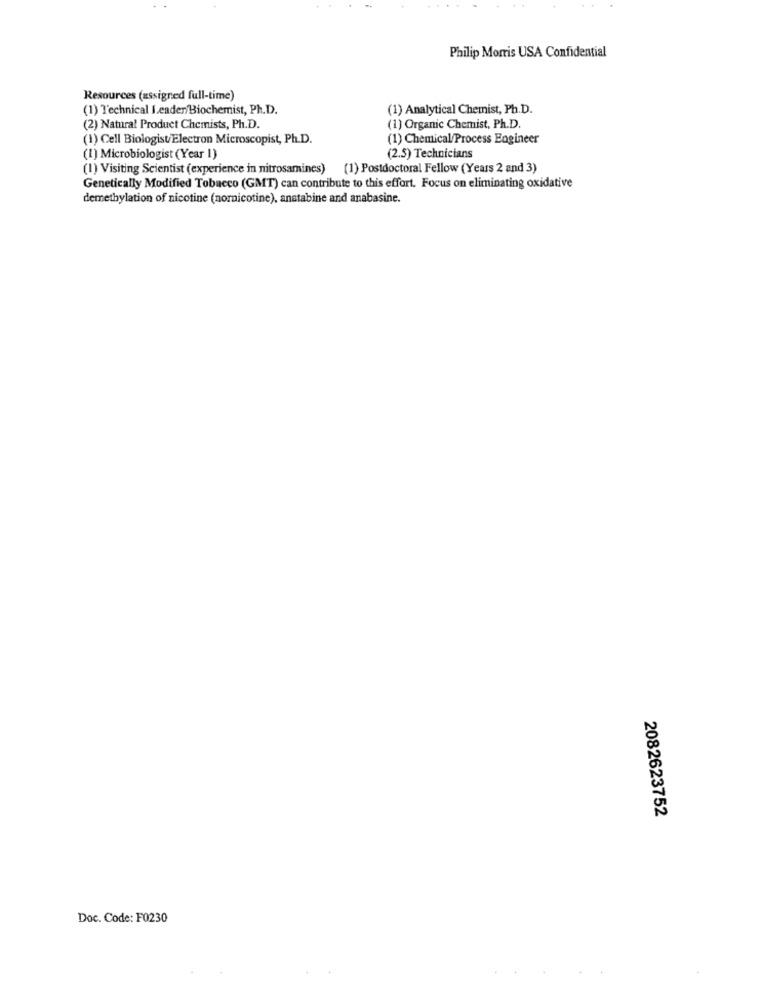
Philip Morris USA Confidential
Resources (assigned full-time)
(1) Technical Leader/Biochemist, Ph.D.
(1) Analytical Chemist, Ph.D.
(2) Natural Product Chemists, Ph.D.
(1) Organic Chemist, Ph.D.
(1) Cell Biologist/Electron Microscopist, Ph.D.
(1) Chemical/Process Engineer
(1) Microbiologist (Year 1)
(2.5) Technicians
(1) Visiting Scientist (experience in nitrosamines) (1) Postdoctoral Fellow (Years 2 and 3)
Genetically Modified Tobacco (GMT) can contribute to this effort. Focus on eliminating oxidative
demethylation of nicotine (nornicotine), anstabine and anabasine.
2082623752
Doc. Code: F0230